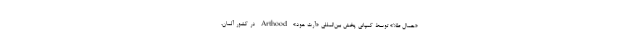
«حمال طلا» توسط کمپانی پخش بین‌المللی «آرت هود» Arthood در کشور آلمان،